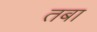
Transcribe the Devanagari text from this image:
तबा